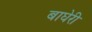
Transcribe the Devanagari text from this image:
बाघेरी